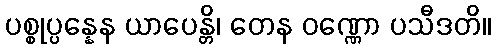
ပစ္စုပ္ပန္နေန ယာပေန္တိ၊ တေန ဝဏ္ဏော ပသီဒတိ။